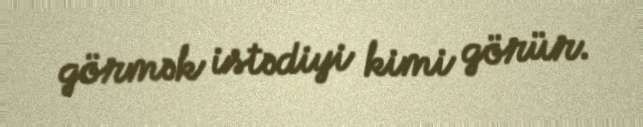
görmək istədiyi kimi görür.